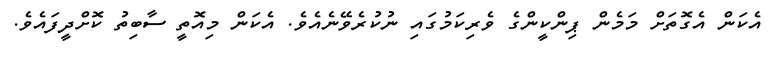
އެކަން އެގޮތަށް މަމެން ޕިންކީންގެ ވެރިކަމުގައި ނުކުރެވޭނެއެވެ. އެކަން މިއޮތީ ސާބިތު ކޮށްދީފައެވެ.